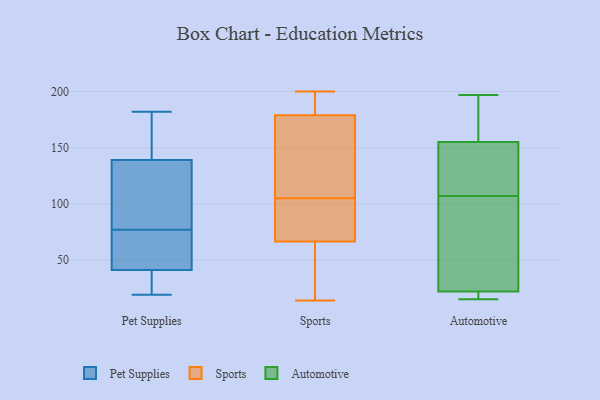
{"axis": {"x": "Market Share (%)", "y": "Value"}, "legend": ["Automotive", "Pet Supplies", "Sports"], "data": [{"x": "", "y": 81, "type": "Pet Supplies"}, {"x": "", "y": 41, "type": "Pet Supplies"}, {"x": "", "y": 63, "type": "Pet Supplies"}, {"x": "", "y": 66, "type": "Pet Supplies"}, {"x": "", "y": 140, "type": "Pet Supplies"}, {"x": "", "y": 131, "type": "Pet Supplies"}, {"x": "", "y": 47, "type": "Pet Supplies"}, {"x": "", "y": 123, "type": "Pet Supplies"}, {"x": "", "y": 23, "type": "Pet Supplies"}, {"x": "", "y": 139, "type": "Pet Supplies"}, {"x": "", "y": 119, "type": "Pet Supplies"}, {"x": "", "y": 171, "type": "Pet Supplies"}, {"x": "", "y": 35, "type": "Pet Supplies"}, {"x": "", "y": 37, "type": "Pet Supplies"}, {"x": "", "y": 73, "type": "Pet Supplies"}, {"x": "", "y": 19, "type": "Pet Supplies"}, {"x": "", "y": 182, "type": "Pet Supplies"}, {"x": "", "y": 173, "type": "Pet Supplies"}, {"x": "", "y": 41, "type": "Sports"}, {"x": "", "y": 188, "type": "Sports"}, {"x": "", "y": 179, "type": "Sports"}, {"x": "", "y": 177, "type": "Sports"}, {"x": "", "y": 34, "type": "Sports"}, {"x": "", "y": 75, "type": "Sports"}, {"x": "", "y": 89, "type": "Sports"}, {"x": "", "y": 148, "type": "Sports"}, {"x": "", "y": 199, "type": "Sports"}, {"x": "", "y": 179, "type": "Sports"}, {"x": "", "y": 91, "type": "Sports"}, {"x": "", "y": 200, "type": "Sports"}, {"x": "", "y": 84, "type": "Sports"}, {"x": "", "y": 105, "type": "Sports"}, {"x": "", "y": 34, "type": "Sports"}, {"x": "", "y": 159, "type": "Sports"}, {"x": "", "y": 14, "type": "Sports"}, {"x": "", "y": 22, "type": "Automotive"}, {"x": "", "y": 155, "type": "Automotive"}, {"x": "", "y": 136, "type": "Automotive"}, {"x": "", "y": 131, "type": "Automotive"}, {"x": "", "y": 150, "type": "Automotive"}, {"x": "", "y": 17, "type": "Automotive"}, {"x": "", "y": 82, "type": "Automotive"}, {"x": "", "y": 15, "type": "Automotive"}, {"x": "", "y": 29, "type": "Automotive"}, {"x": "", "y": 93, "type": "Automotive"}, {"x": "", "y": 184, "type": "Automotive"}, {"x": "", "y": 163, "type": "Automotive"}, {"x": "", "y": 197, "type": "Automotive"}, {"x": "", "y": 44, "type": "Automotive"}, {"x": "", "y": 121, "type": "Automotive"}, {"x": "", "y": 193, "type": "Automotive"}, {"x": "", "y": 17, "type": "Automotive"}, {"x": "", "y": 21, "type": "Automotive"}]}